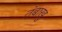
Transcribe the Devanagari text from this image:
तंबाखु